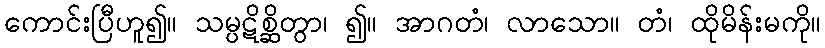
ကောင်းပြီဟူ၍။ သမ္ပဋိစ္ဆိတွာ၊ ၍။ အာဂတံ၊ လာသော။ တံ၊ ထိုမိန်းမကို။